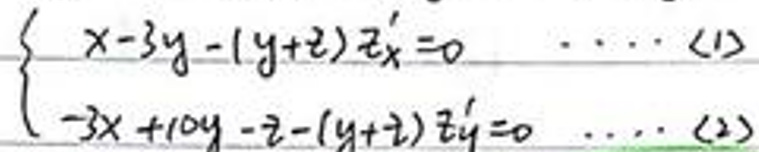
\left\{
\begin{array}{l}
x - 3y-(y + z)z_{x}' = 0 \cdots (1)\\
-3x + 10y - z-(y + z)z_{y}' = 0 \cdots (2)
\end{array}
\right.